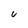
Character: U